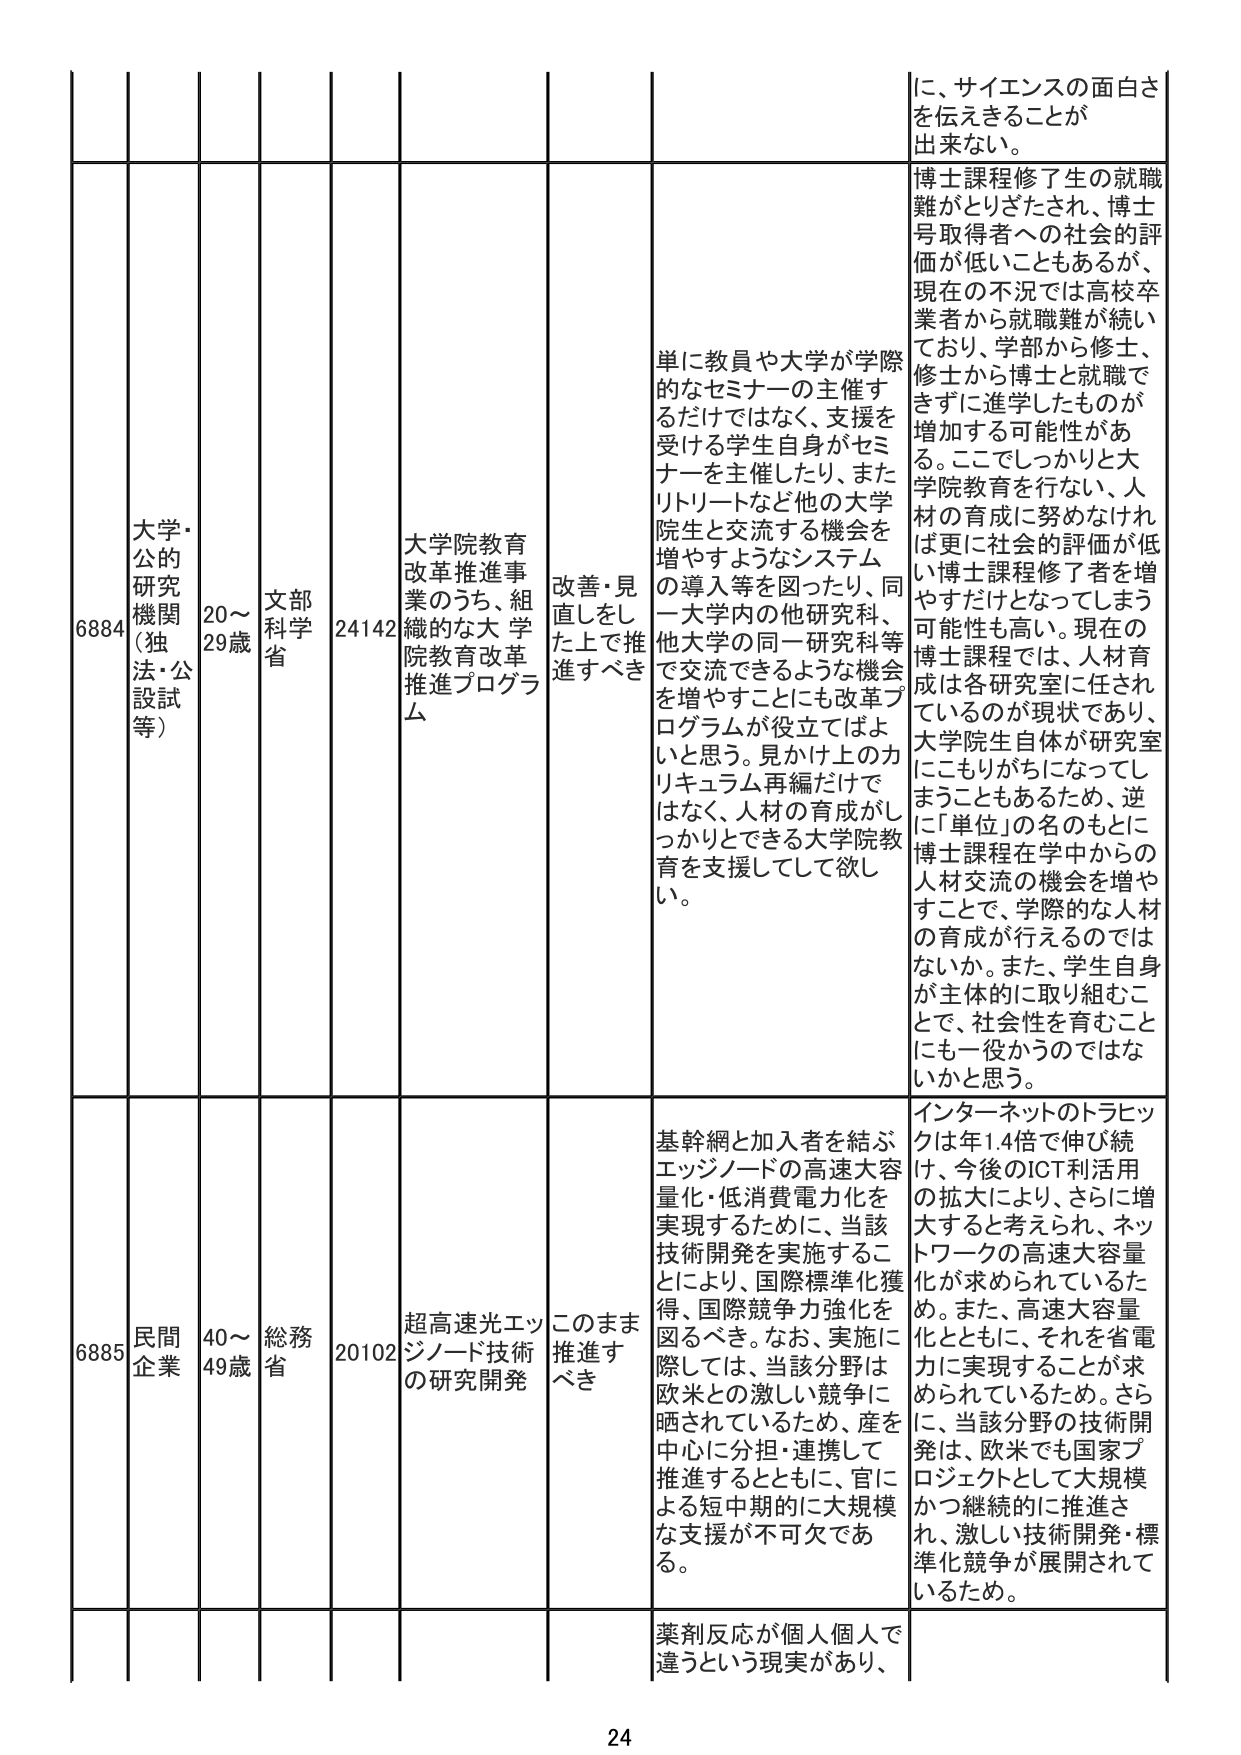
6884 大学・公的研究機関（独法・公設試等） 20～29歳 文部科学省 24142 大学院教育改革推進事業のうち、組織的な大学院教育改革推進プログラム 改善・見直しをした上で推進すべき 単に教員や大学が学際的なセミナーの主催するだけではなく、支援を受ける学生自身がセミナーを主催したり、またリトリートなど他の大学院生と交流する機会を増やすようなシステムの導入等を図ったり、同一大学内の他研究科、他大学の同一研究科等で交流できるような機会を増やすことにも改革プログラムが役立てばよいと思う。見かけ上のカリキュラム再編だけではなく、人材の育成がしっかりできる大学院教育を支援してして欲しい。 博士課程修了生の就職難がとりざたされ、博士号取得者への社会的評価が低いこともあるが、現在の不況では高校卒業者から就職難が続いており、学部から修士、修士から博士と就職できずに進学したものが増加する可能性がある。ここでしっかりと大学院教育を行ない、人材の育成に努めなければ更に社会的評価が低い博士課程修了者が増やすだけとなってしまう可能性も高い。現在の博士課程では、人材育成は各研究室に任されているのが現状であり、大学院生自体が研究室にこもりがちになってしまうこともあるため、逆に「単位」の名のもとに博士課程在学中からの人材交流の機会を増やすことで、学際的な人材の育成が行えるのではないか。また、学生自身が主体的に取り組むことで、社会性を育むことにも一役かうのではないかと思う。 に、サイエンスの面白さを伝えきることが出来ない。

6885 民間企業 40～49歳 総務省 20102 超高速光エッジノード技術の研究開発 このまま推進すべき 基幹網と加入者を結ぶエッジノードの高速大容量化・低消費電力化を実現するために、当該技術開発を実施することにより、国際標準化獲得、国際競争力強化を図るべき。なお、実施に際しては、当該分野は欧米との激しい競争に晒されているため、産を中心に分担・連携して推進するとともに、官による短中期的に大規模な支援が不可欠である。 インターネットのトラヒックは年1.4倍で伸び続け、今後のICT利活用の拡大により、さらに増大すると考えられ、ネットワークの高速大容量化が求められているため。また、高速大容量化とともに、それを省電力に実現することが求められているため。さらに、当該分野の技術開発は、欧米でも国家プロジェクトとして大規模かつ継続的に推進され、激しい技術開発・標準化競争が展開されているため。

薬剤反応が個人個人で違うという現実があり、 24